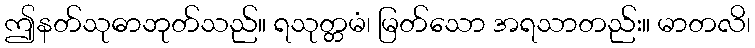
ဤနတ်သုဓာဘုတ်သည်။ ရသုတ္တမံ၊ မြတ်သော အရသာတည်း။ မာတလိ၊